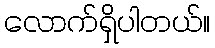
လောက်ရှိပါတယ်။